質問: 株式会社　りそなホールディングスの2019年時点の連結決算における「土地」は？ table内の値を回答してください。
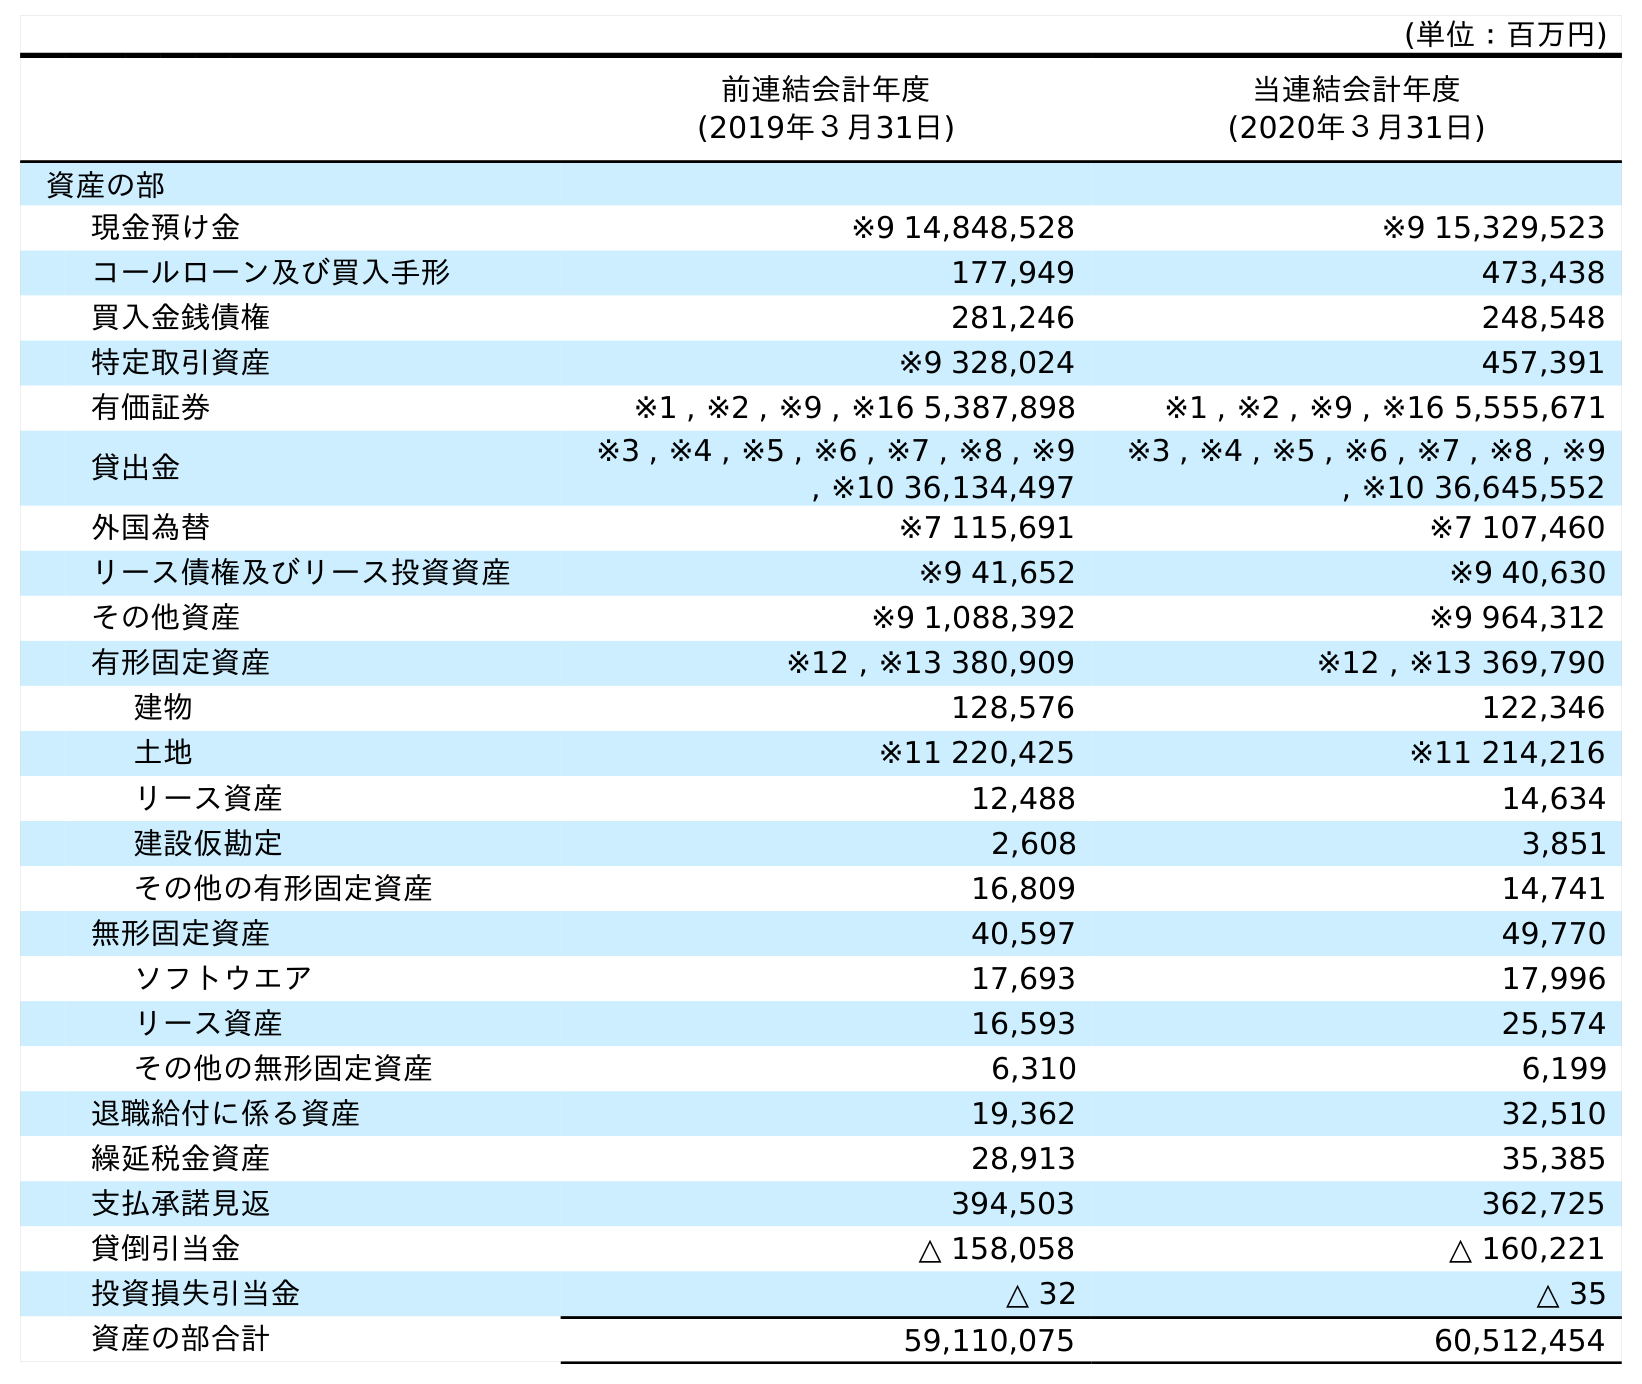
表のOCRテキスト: (単位：百万円) 前連結会計年度 (2019年３月31日) 当連結会計年度 (2020年３月31日) 資産の部 現金預け金 ※9 14,848,528 ※9 15,329,523 コールローン及び買入手形 177,949 473,438 買入金銭債権 281,246 248,548 特定取引資産 ※9 328,024 457,391 有価証券 ※1 , ※2 , ※9 , ※16 5,387,898 ※1 , ※2 , ※9 , ※16 5,555,671 貸出金 ※3 , ※4 , ※5 , ※6 , ※7 , ※8 , ※9 , ※10 36,134,497 ※3 , ※4 , ※5 , ※6 , ※7 , ※8 , ※9 , ※10 36,645,552 外国為替 ※7 115,691 ※7 107,460 リース債権及びリース投資資産 ※9 41,652 ※9 40,630 その他資産 ※9 1,088,392 ※9 964,312 有形固定資産 ※12 , ※13 380,909 ※12 , ※13 369,790 建物 128,576 122,346 土地 ※11 220,425 ※11 214,216 リース資産 12,488 14,634 建設仮勘定 2,608 3,851 その他の有形固定資産 16,809 14,741 無形固定資産 40,597 49,770 ソフトウエア 17,693 17,996 リース資産 16,593 25,574 その他の無形固定資産 6,310 6,199 退職給付に係る資産 19,362 32,510 繰延税金資産 28,913 35,385 支払承諾見返 394,503 362,725 貸倒引当金 △ 158,058 △ 160,221 投資損失引当金 △ 32 △ 35 資産の部合計 59,110,075 60,512,454
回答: ※11220,425